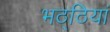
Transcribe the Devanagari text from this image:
भठ्ठियां